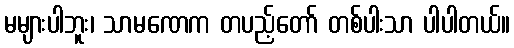
မများပါဘူး၊ သာမဏေက တပည့်တော် တစ်ပါးသာ ပါပါတယ်။